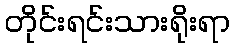
တိုင်းရင်းသားရိုးရာ